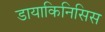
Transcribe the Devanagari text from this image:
डायाकिनिसिस